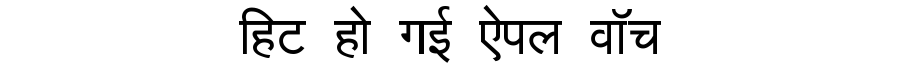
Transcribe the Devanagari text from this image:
हिट हो गई ऐपल वॉच